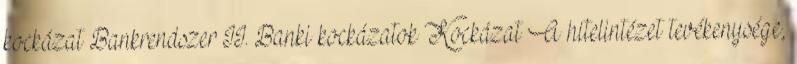
kockázat Bankrendszer II. Banki kockázatok Kockázat A hitelintézet tevékenysége,